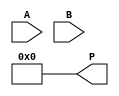
module csd_multiplier #(parameter WIDTH = 8)(
    input  wire [WIDTH-1:0] A, // First operand
    input  wire [WIDTH-1:0] B, // Second operand
    output wire [2*WIDTH-1:0] P // Product output
);

// CSD Conversion Module
function [WIDTH-1:0] to_csd;
    input [WIDTH-1:0] bin;
    integer i;
    reg [WIDTH-1:0] csd;
    begin
        csd = 0;
        for (i = 0; i < WIDTH; i = i + 1) begin
            if (bin[i]) begin
                if (i > 0 && (bin[i-1] == 1)) begin
                    csd[i] = 0; // Avoid consecutive 1s
                end else begin
                    csd[i] = 1; // Set CSD digit to +1
                end
            end
        end
        to_csd = csd;
    end
endfunction

// CSD Representation of B
wire [WIDTH-1:0] csd_B;
assign csd_B = to_csd(B);

// Partial Product Generation
wire [2*WIDTH-1:0] partial_products [0:WIDTH-1];

genvar j;
generate
    for (j = 0; j < WIDTH; j = j + 1) begin : pp_gen
        assign partial_products[j] = (csd_B[j] == 1) ? {A, j} : 
                                      (csd_B[j] == -1) ? ~{A, j} + 1'b1 : 
                                      {2*WIDTH{1'b0}};
    end
endgenerate

// Partial Product Accumulation using Carry-Save Adder (CSA)
wire [2*WIDTH-1:0] sum;
wire [2*WIDTH-1:0] carry;

assign sum = partial_products[0];
assign carry = {2*WIDTH{1'b0}};

// Accumulate partial products
genvar k;
generate
    for (k = 1; k < WIDTH; k = k + 1) begin : pp_accum
        // Simple adder for demonstration; replace with CSA for efficiency
        assign {carry, sum} = sum + partial_products[k];
    end
endgenerate

// Final Product Output
assign P = sum + carry;

endmodule